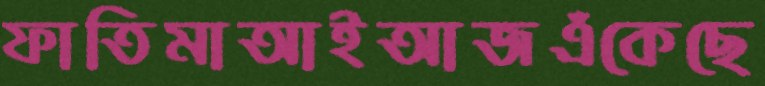
ফাতিমাআইআজএঁকেছে